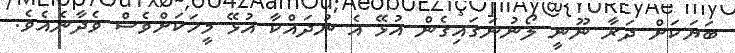
ބަޔަކަށް ދަރާ ނޫނީ ލޯނުނަގައިގެން އުޅޭ އެ ނުދައްކާ އުޅޭ މީހަކަށްވެސް ވެދާނެއެވެ.